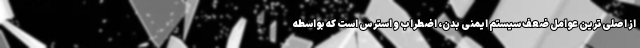
از اصلی‌ترین عوامل ضعف سیستم ایمنی بدن، اضطراب و استرس است که بواسطه